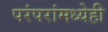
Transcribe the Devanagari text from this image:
परंपरांमध्येही